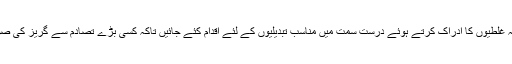
بہتر تو یہی ہوگا کہ غلطیوں کا ادراک کرتے ہوئے درست سمت میں مناسب تبدیلیوں کے لئے اقدام کئے جائیں تاکہ کسی بڑے تصادم سے گریز کی صورت پیدا ہو سکے۔